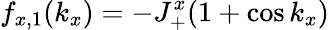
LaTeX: f_{x,1}(k_{x})=-J_{+}^{x}(1+\cos k_{x})